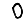
Digit: 0